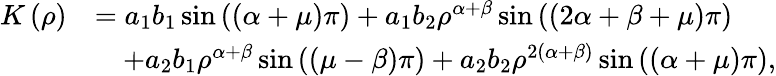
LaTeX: \begin{array}{rl}{K\left(\rho\right)}&{=a_{1}b_{1}\sin\left(\left(\alpha+\mu\right)\pi\right)+a_{1}b_{2}\rho^{\alpha+\beta}\sin\left(\left(2\alpha+\beta+\mu\right)\pi\right)}\\ &{\quad+a_{2}b_{1}\rho^{\alpha+\beta}\sin\left(\left(\mu-\beta\right)\pi\right)+a_{2}b_{2}\rho^{2\left(\alpha+\beta\right)}\sin\left(\left(\alpha+\mu\right)\pi\right),}\end{array}